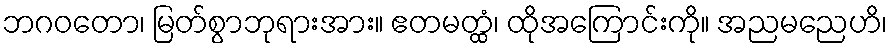
ဘဂဝတော၊ မြတ်စွာဘုရားအား။ ဧတမတ္ထံ၊ ထိုအကြောင်းကို။ အညမညေဟိ၊